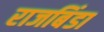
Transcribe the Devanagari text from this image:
राजबिंडा